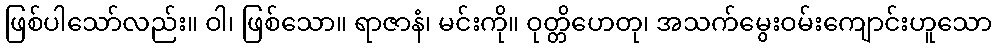
ဖြစ်ပါသော်လည်း။ ဝါ၊ ဖြစ်သော။ ရာဇာနံ၊ မင်းကို။ ဝုတ္တိဟေတု၊ အသက်မွေးဝမ်းကျောင်းဟူသော